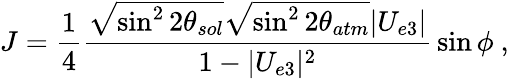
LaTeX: J={\frac{1}{4}}{\frac{\sqrt{\sin^{2}2\theta_{sol}}\sqrt{\sin^{2}2\theta_{atm}}|U_{e3}|}{1-|U_{e3}|^{2}}}\sin\phi\ ,